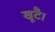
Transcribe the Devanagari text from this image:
खूटै।